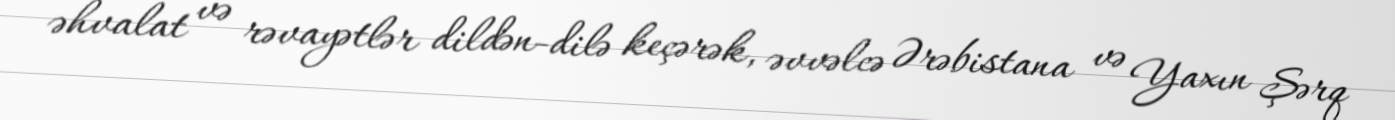
əhvalat və rəvayətlər dildən-dilə keçərək, əvvəlcə Ərəbistana və Yaxın Şərq